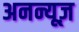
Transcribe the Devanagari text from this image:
अनन्यूज़